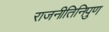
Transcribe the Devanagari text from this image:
राजनीतिनिपुण